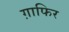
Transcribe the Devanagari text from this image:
ग़ाफिर